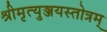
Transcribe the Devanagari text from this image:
श्रीमृत्युञ्जयस्तोत्रम्